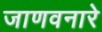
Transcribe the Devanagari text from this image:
जाणवनारे